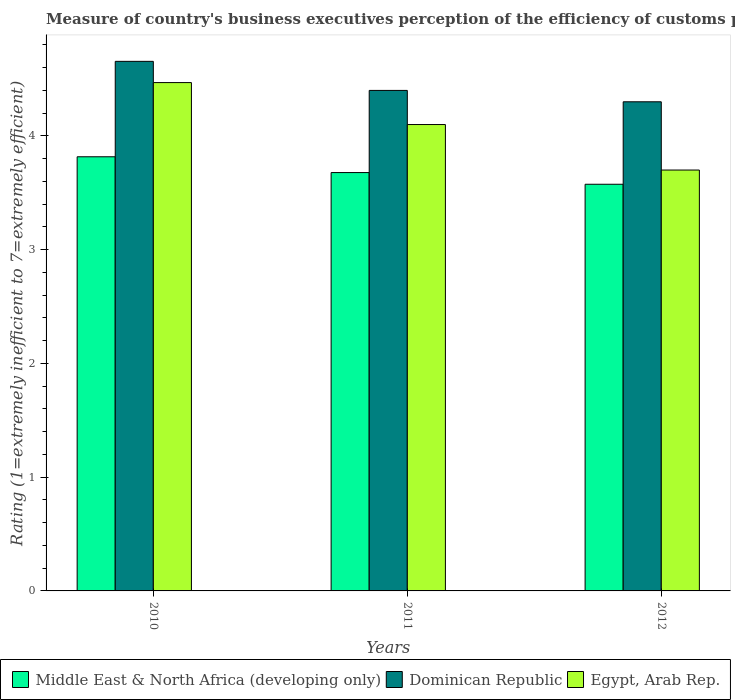
| Years | Middle East & North Africa (developing only) | Dominican Republic | Egypt, Arab Rep. |
 | --- | --- | --- | --- |
 | 2010 | 3.82 | 4.66 | 4.47 |
 | 2011 | 3.68 | 4.4 | 4.1 |
 | 2012 | 3.58 | 4.3 | 3.7 |